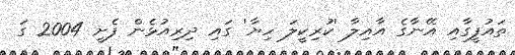
ތައުފީގާއި އޭނާގެ އާއިލާ 'ކުރިކީލަ ހިޔާ' ގައި ދިރިއުޅެން ފެށީ 2004 ގަ